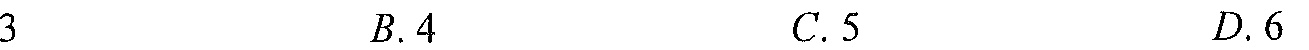
$3\quad B.4\quad C.5\quad D.6$